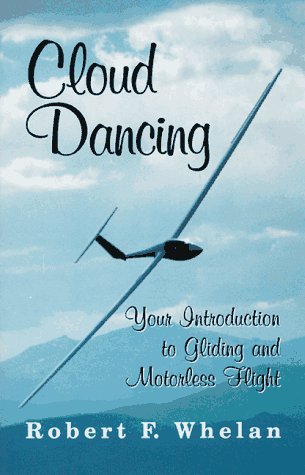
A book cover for Cloud Dancing: Your Introduction to Gliding and Motorless Flight; Robert F. Whelan; Sports & Outdoors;